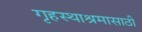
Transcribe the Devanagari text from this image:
गृहस्थाश्रमासाठी